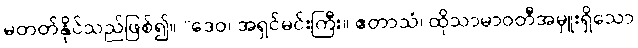
မတတ်နိုင်သည်ဖြစ်၍။ “ဒေဝ၊ အရှင်မင်းကြီး။ ဧတာသံ၊ ထိုသာမာဝတီအမှူးရှိသော